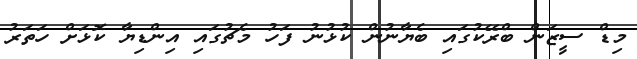
މިޑް ސީޒަން ބްރޭކުގައި ބެޔާނުން ކުޅުނު ފަހު މެޗުގައި އިންޑިޔާ ކޮޅަށް ހަތަރު